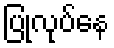
ပြုလုပ်နေ